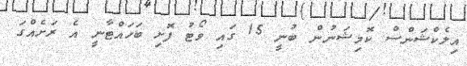
އިލެކްޝަންސް ކޮމިޝަނުން ބުނީ 15 ގައި ވޯޓު ފޮށި ބަހައްޓާނީ އެ ރަށެއްގަ